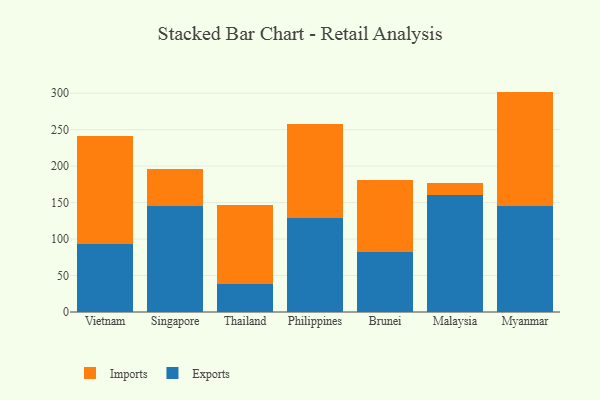
{"axis": {"x": "Country", "y": "Latency (ms)"}, "legend": ["Exports", "Imports"], "data": [{"x": "Vietnam", "y": 93.2, "type": "Exports"}, {"x": "Vietnam", "y": 148.5, "type": "Imports"}, {"x": "Singapore", "y": 145.7, "type": "Exports"}, {"x": "Singapore", "y": 50.7, "type": "Imports"}, {"x": "Thailand", "y": 38.5, "type": "Exports"}, {"x": "Thailand", "y": 108.9, "type": "Imports"}, {"x": "Philippines", "y": 128.5, "type": "Exports"}, {"x": "Philippines", "y": 129.6, "type": "Imports"}, {"x": "Brunei", "y": 81.9, "type": "Exports"}, {"x": "Brunei", "y": 99.5, "type": "Imports"}, {"x": "Malaysia", "y": 160.2, "type": "Exports"}, {"x": "Malaysia", "y": 16.5, "type": "Imports"}, {"x": "Myanmar", "y": 145.5, "type": "Exports"}, {"x": "Myanmar", "y": 156.7, "type": "Imports"}]}